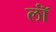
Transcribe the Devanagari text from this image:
लॉं